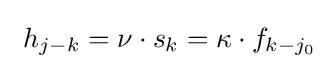
\ h_{j-k}=\nu \cdot s_{k}=\kappa \cdot f_{k-j_{0}}